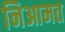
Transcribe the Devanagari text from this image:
निआमत